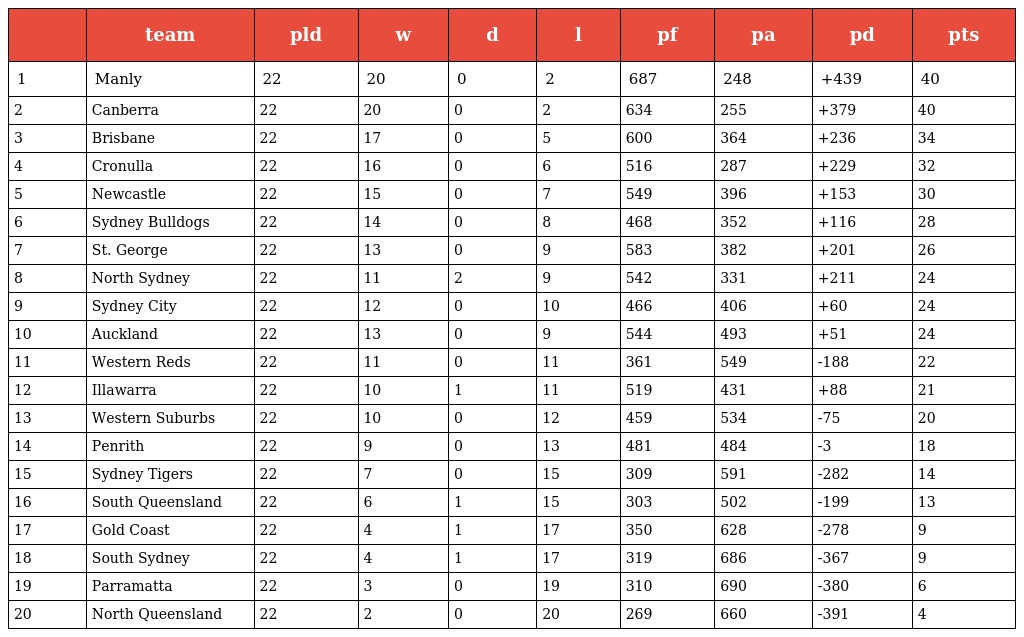
|  | team | pld | w | d | l | pf | pa | pd | pts |
 | --- | --- | --- | --- | --- | --- | --- | --- | --- | --- |
 | 1 | Manly | 22 | 20 | 0 | 2 | 687 | 248 | +439 | 40 |
 | 2 | Canberra | 22 | 20 | 0 | 2 | 634 | 255 | +379 | 40 |
 | 3 | Brisbane | 22 | 17 | 0 | 5 | 600 | 364 | +236 | 34 |
 | 4 | Cronulla | 22 | 16 | 0 | 6 | 516 | 287 | +229 | 32 |
 | 5 | Newcastle | 22 | 15 | 0 | 7 | 549 | 396 | +153 | 30 |
 | 6 | Sydney Bulldogs | 22 | 14 | 0 | 8 | 468 | 352 | +116 | 28 |
 | 7 | St. George | 22 | 13 | 0 | 9 | 583 | 382 | +201 | 26 |
 | 8 | North Sydney | 22 | 11 | 2 | 9 | 542 | 331 | +211 | 24 |
 | 9 | Sydney City | 22 | 12 | 0 | 10 | 466 | 406 | +60 | 24 |
 | 10 | Auckland | 22 | 13 | 0 | 9 | 544 | 493 | +51 | 24 |
 | 11 | Western Reds | 22 | 11 | 0 | 11 | 361 | 549 | -188 | 22 |
 | 12 | Illawarra | 22 | 10 | 1 | 11 | 519 | 431 | +88 | 21 |
 | 13 | Western Suburbs | 22 | 10 | 0 | 12 | 459 | 534 | -75 | 20 |
 | 14 | Penrith | 22 | 9 | 0 | 13 | 481 | 484 | -3 | 18 |
 | 15 | Sydney Tigers | 22 | 7 | 0 | 15 | 309 | 591 | -282 | 14 |
 | 16 | South Queensland | 22 | 6 | 1 | 15 | 303 | 502 | -199 | 13 |
 | 17 | Gold Coast | 22 | 4 | 1 | 17 | 350 | 628 | -278 | 9 |
 | 18 | South Sydney | 22 | 4 | 1 | 17 | 319 | 686 | -367 | 9 |
 | 19 | Parramatta | 22 | 3 | 0 | 19 | 310 | 690 | -380 | 6 |
 | 20 | North Queensland | 22 | 2 | 0 | 20 | 269 | 660 | -391 | 4 |